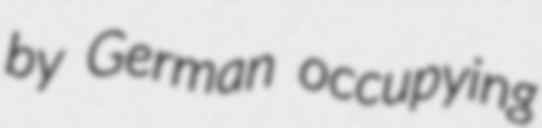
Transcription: by German occupying